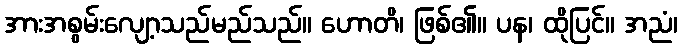
အားအစွမ်းလျော့သည်မည်သည်။ ဟောတိ၊ ဖြစ်၏။ ပန၊ ထိုပြင်။ အညံ၊